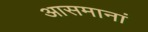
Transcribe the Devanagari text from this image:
आसमानां